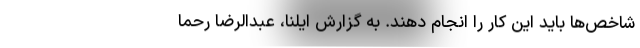
شاخص‌ها باید این کار را انجام دهند. به گزارش ایلنا، عبدالرضا رحما